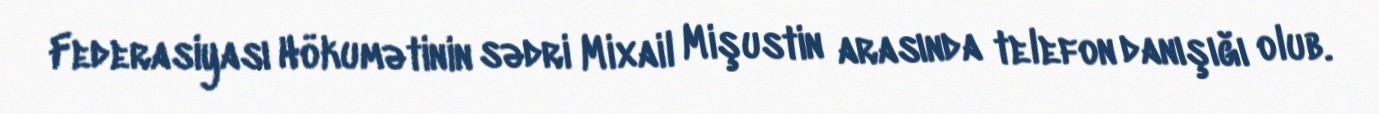
Federasiyası Hökumətinin sədri Mixail Mişustin arasında telefon danışığı olub.